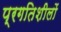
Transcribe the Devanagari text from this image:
प्रगतिशीलों